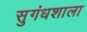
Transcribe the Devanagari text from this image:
सुगंधशाला